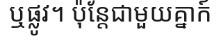
ឬផ្លូវ។ ប៉ុន្តែជាមួយគ្នាក៍